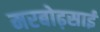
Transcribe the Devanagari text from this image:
मरबोढ़साई